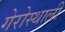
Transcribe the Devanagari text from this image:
गेरोस्थाली